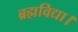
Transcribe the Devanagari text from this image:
ब्रह्मविद्या।